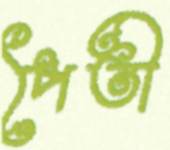
পৈতী